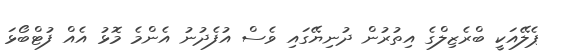
ޕެލޭއަކީ ބްރެޒިލްގެ އިތުރުން ދުނިޔޭގައި ވެސް އުފެދުނު އެންމެ މޮޅު އެއް ފުޓްބޯޅަ